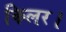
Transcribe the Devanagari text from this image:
किलर।